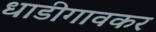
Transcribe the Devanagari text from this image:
धाडीगावकर